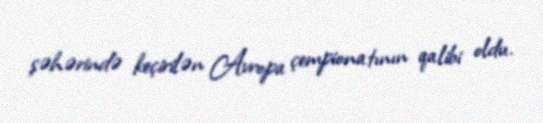
şəhərində keçirilən Avropa çempionatının qalibi oldu.